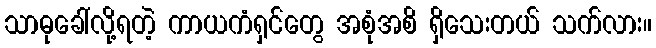
သာဓုခေါ်လို့ရတဲ့ ကာယကံရှင်တွေ အစုံအစိ ရှိသေးတယ် သက်လား။